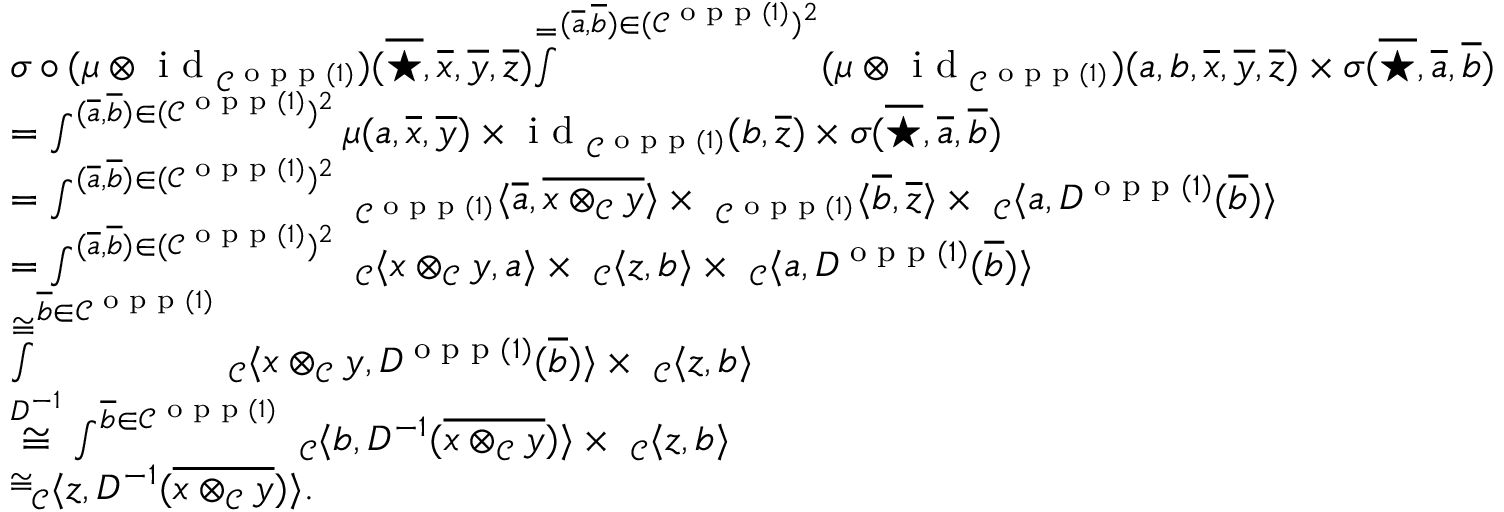
\begin{array} { r l } & { \sigma \circ ( \mu \otimes \textnormal { i d } _ { \mathcal { C } ^ { \textnormal { o p p } ( 1 ) } } ) ( \overline { { \star } } , \overline { { x } } , \overline { { y } } , \overline { { z } } ) \overset { = } \int ^ { ( \overline { { a } } , \overline { { b } } ) \in ( \mathcal { C } ^ { \textnormal { o p p } ( 1 ) } ) ^ { 2 } } ( \mu \otimes \textnormal { i d } _ { \mathcal { C } ^ { \textnormal { o p p } ( 1 ) } } ) ( a , b , \overline { { x } } , \overline { { y } } , \overline { { z } } ) \times \sigma ( \overline { { \star } } , \overline { { a } } , \overline { { b } } ) } \\ & { = \int ^ { ( \overline { { a } } , \overline { { b } } ) \in ( \mathcal { C } ^ { \textnormal { o p p } ( 1 ) } ) ^ { 2 } } \mu ( a , \overline { { x } } , \overline { { y } } ) \times \textnormal { i d } _ { \mathcal { C } ^ { \textnormal { o p p } ( 1 ) } } ( b , \overline { { z } } ) \times \sigma ( \overline { { \star } } , \overline { { a } } , \overline { { b } } ) } \\ & { = \int ^ { ( \overline { { a } } , \overline { { b } } ) \in ( \mathcal { C } ^ { \textnormal { o p p } ( 1 ) } ) ^ { 2 } } \ _ { \mathcal { C } ^ { \textnormal { o p p } ( 1 ) } } \langle \overline { { a } } , \overline { { x \otimes _ { \mathcal { C } } y } } \rangle \times \ _ { \mathcal { C } ^ { \textnormal { o p p } ( 1 ) } } \langle \overline { { b } } , \overline { { z } } \rangle \times \ _ { \mathcal { C } } \langle a , D ^ { \textnormal { o p p } ( 1 ) } ( \overline { { b } } ) \rangle } \\ & { = \int ^ { ( \overline { { a } } , \overline { { b } } ) \in ( \mathcal { C } ^ { \textnormal { o p p } ( 1 ) } ) ^ { 2 } } \ _ { \mathcal { C } } \langle x \otimes _ { \mathcal { C } } y , a \rangle \times \ _ { \mathcal { C } } \langle z , b \rangle \times \ _ { \mathcal { C } } \langle a , D ^ { \textnormal { o p p } ( 1 ) } ( \overline { { b } } ) \rangle } \\ & { \overset { \cong } \int ^ { \overline { { b } } \in \mathcal { C } ^ { \textnormal { o p p } ( 1 ) } } \ _ { \mathcal { C } } \langle x \otimes _ { \mathcal { C } } y , D ^ { \textnormal { o p p } ( 1 ) } ( \overline { { b } } ) \rangle \times \ _ { \mathcal { C } } \langle z , b \rangle } \\ & { \overset { D ^ { - 1 } } { \cong } \int ^ { \overline { { b } } \in \mathcal { C } ^ { \textnormal { o p p } ( 1 ) } } \ _ { \mathcal { C } } \langle b , D ^ { - 1 } ( \overline { { x \otimes _ { \mathcal { C } } y } } ) \rangle \times \ _ { \mathcal { C } } \langle z , b \rangle } \\ & { \overset { \cong } \ _ { \mathcal { C } } \langle z , D ^ { - 1 } ( \overline { { x \otimes _ { \mathcal { C } } y } } ) \rangle . } \end{array}